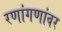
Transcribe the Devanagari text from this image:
रणांगणांवर